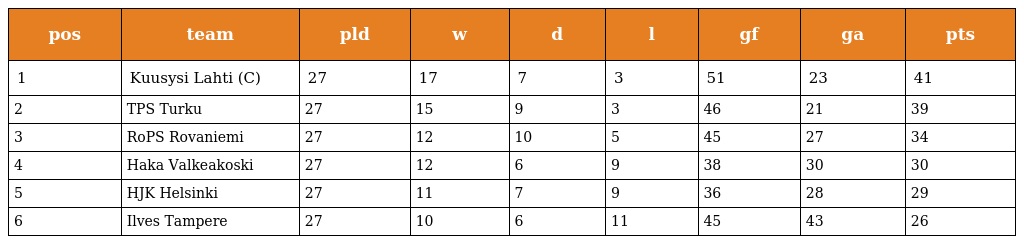
| pos | team | pld | w | d | l | gf | ga | pts |
 | --- | --- | --- | --- | --- | --- | --- | --- | --- |
 | 1 | Kuusysi Lahti (C) | 27 | 17 | 7 | 3 | 51 | 23 | 41 |
 | 2 | TPS Turku | 27 | 15 | 9 | 3 | 46 | 21 | 39 |
 | 3 | RoPS Rovaniemi | 27 | 12 | 10 | 5 | 45 | 27 | 34 |
 | 4 | Haka Valkeakoski | 27 | 12 | 6 | 9 | 38 | 30 | 30 |
 | 5 | HJK Helsinki | 27 | 11 | 7 | 9 | 36 | 28 | 29 |
 | 6 | Ilves Tampere | 27 | 10 | 6 | 11 | 45 | 43 | 26 |